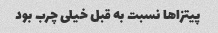
پیتزاها نسبت به قبل خیلی چرب بود